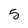
Character: 5